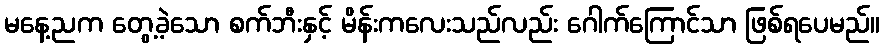
မနေ့ညက တွေ့ခဲ့သော စက်ဘီးနှင့် မိန်းကလေးသည်လည်း ဂေါက်ကြောင်သာ ဖြစ်ရပေမည်။